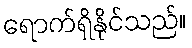
ရောက်ရှိနိုင်သည်။